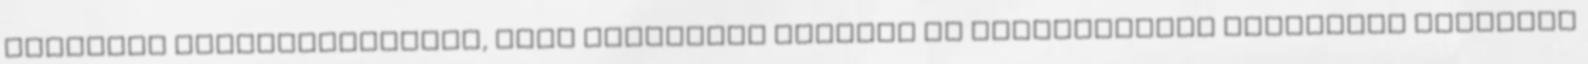
amerikai kormánykörökben, hogy mennyivel emeljék az Afganisztánt megszálló csapatok